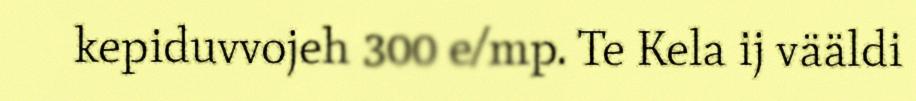
kepiduvvojeh 300 e/mp. Te Kela ij vääldi